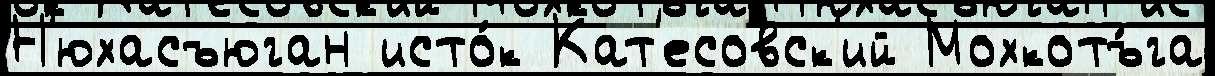
Н'юхасъюган исто́к Кат'есовск'ий Мохкотъ́га